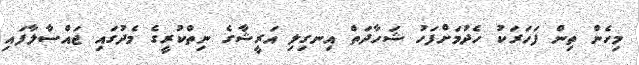
މިހެން ތިން ފަހަރަކު ހެދުމަށްފަހު ޝަހާދަތް އިނގިލި އަރީޝާގެ ނިތްކުރީގެ މެދުގައި ޖައްސާލާފައި